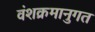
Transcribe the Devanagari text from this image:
वंशक्रमानुगत